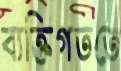
ব্যক্তিগততে